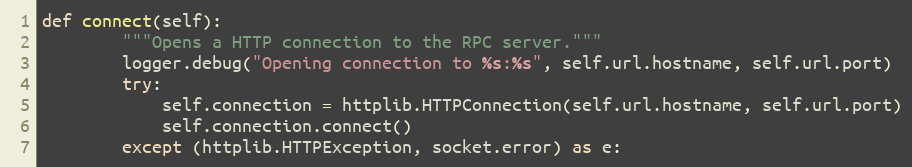
Language: Python
def connect(self):
        """Opens a HTTP connection to the RPC server."""
        logger.debug("Opening connection to %s:%s", self.url.hostname, self.url.port)
        try:
            self.connection = httplib.HTTPConnection(self.url.hostname, self.url.port)
            self.connection.connect()
        except (httplib.HTTPException, socket.error) as e: